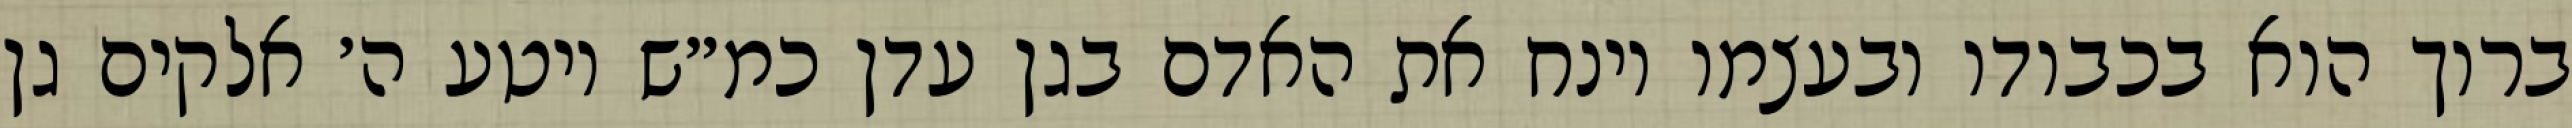
ברוך הוא בכבודו ובעצמו וינח את האדם בגן עדן כמ״ש ויטע ה׳ אלקים גן